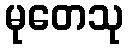
မုတေသု